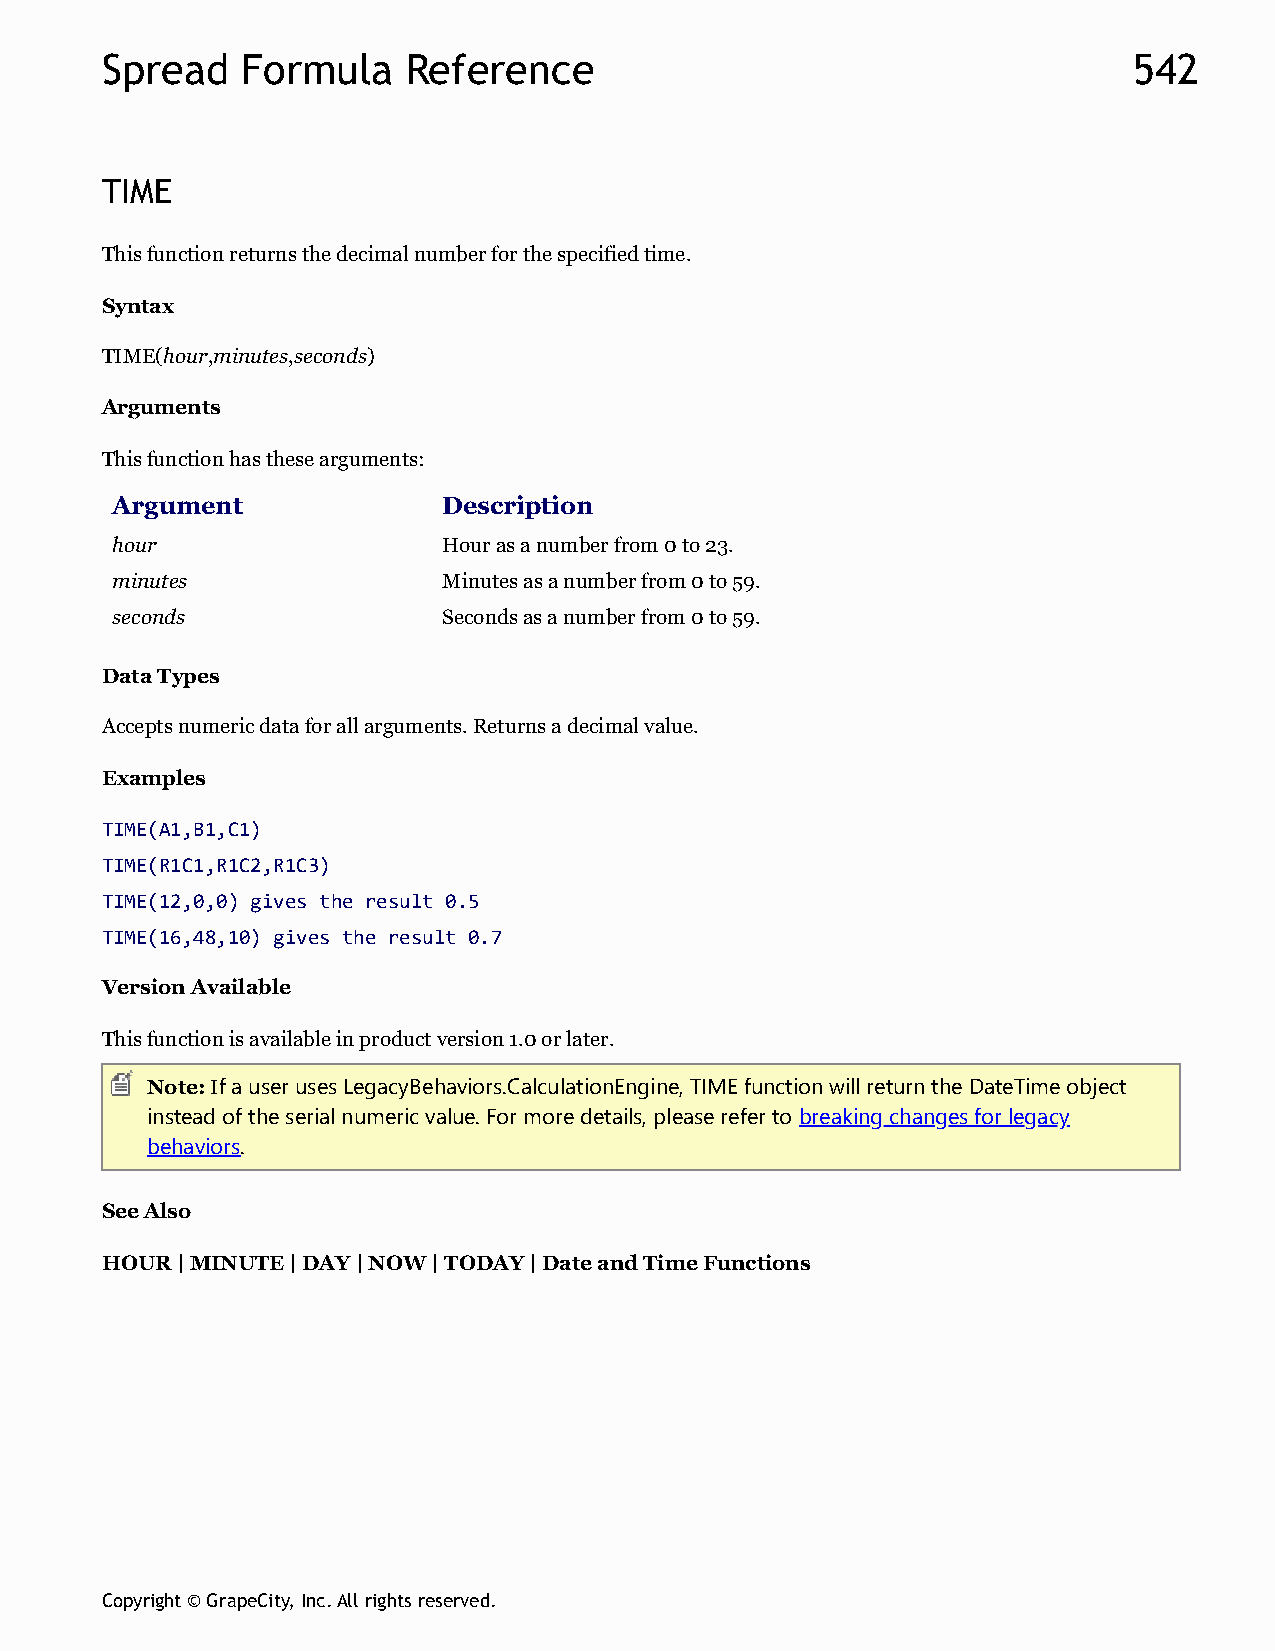
Spread   Formula    Reference                                       542
 TIME
 This function returns the decimal number for the specified time.
 Syntax
 TIME(hour,minutes,seconds)
 Arguments
 This function has these arguments:
 Argument              Description
 hour                  Hour as a number from 0 to 23.
 minutes               Minutes as a number from 0 to 59.
 seconds               Seconds as a number from 0 to 59.
 Data Types
 Accepts numeric data for all arguments. Returns a decimal value.
 Examples
 TIME(A1,B1,C1)
 TIME(R1C1,R1C2,R1C3)
 TIME(12,0,0) gives the result 0.5
 TIME(16,48,10) gives the result 0.7
 Version Available
 This function is available in product version 1.0 or later.
 Note: If a user uses LegacyBehaviors.CalculationEngine, TIME function will return the DateTime object
 instead of the serial numeric value. For more details, please refer to breaking changes for legacy
 behaviors.
 See Also
 HOUR | MINUTE | DAY | NOW | TODAY | Date and Time Functions
 Copyright © GrapeCity, Inc. All rights reserved.